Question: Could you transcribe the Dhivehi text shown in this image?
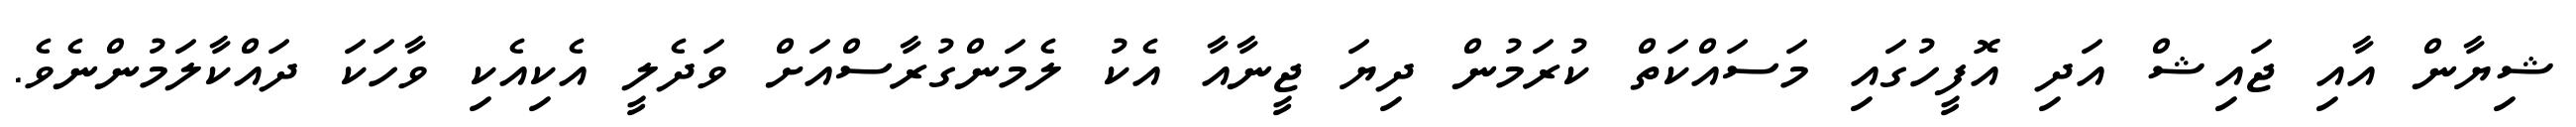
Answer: ޝިޔާން އާއި ޖައިޝް އަދި އޮފީހުގައި މަސައްކަތް ކުރަމުން ދިޔަ ޖީނާއާ އެކު ލެމަންގުރާސްއަށް ވަދެލީ އެކިއެކި ވާހަކަ ދައްކާލަމުންނެވެ.